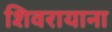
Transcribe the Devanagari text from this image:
शिवरायाना